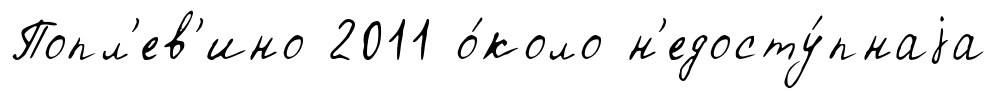
Попл'ев'ино 2011 о́коло н'едосту́пнаjа